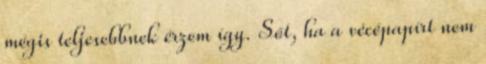
mégis teljesebbnek érzem így. Sőt, ha a vécépapírt nem